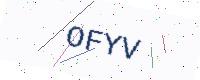
Text: OFYV